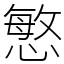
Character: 慜